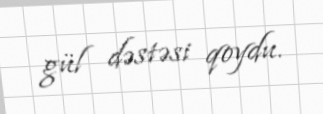
gül dəstəsi qoydu.